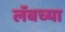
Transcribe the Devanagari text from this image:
लॅबच्या